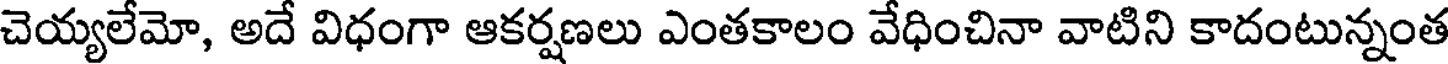
చెయ్యలేమో, అదే విధంగా ఆకర్షణలు ఎంతకాలం వేధించినా వాటిని కాదంటున్నంత